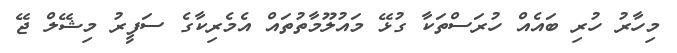
މިހާރު ހުރި ބައެއް ހުރަސްތަކާ ގުޅޭ މައުލޫމާތުތައް އެމެރިކާގެ ސަފީރު މިޝޭލް ޖޭ